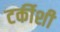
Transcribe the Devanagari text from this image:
टर्कीशी